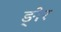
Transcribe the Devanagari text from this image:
ङ्ोर